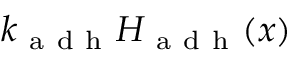
k _ { \mathrm { ~ a ~ d ~ h ~ } } H _ { \mathrm { ~ a ~ d ~ h ~ } } ( x )